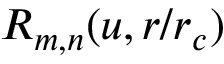
R _ { m , n } ( u , r / r _ { c } )